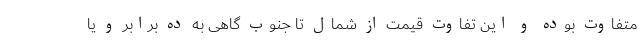
متفاوت بوده و این تفاوت قیمت از شمال تا جنوب گاهی به ده برابر و یا